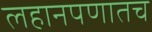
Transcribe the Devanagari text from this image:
लहानपणातच